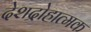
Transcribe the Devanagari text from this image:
देशद्रोहात्मक